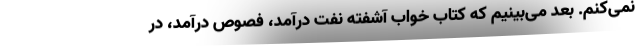
نمی‌کنم. بعد می‌بینیم که کتاب خواب آشفته نفت درآمد، فصوص درآمد، در